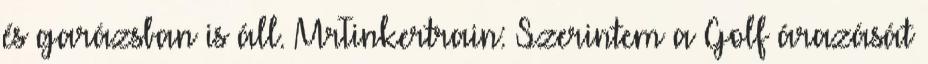
és garázsban is áll. MrTinkertrain: Szerintem a Golf árazását